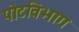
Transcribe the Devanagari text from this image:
पोटविभाग